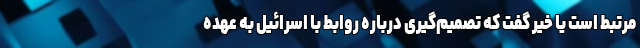
مرتبط است یا خیر گفت که تصمیم‌گیری درباره روابط با اسرائیل به عهده